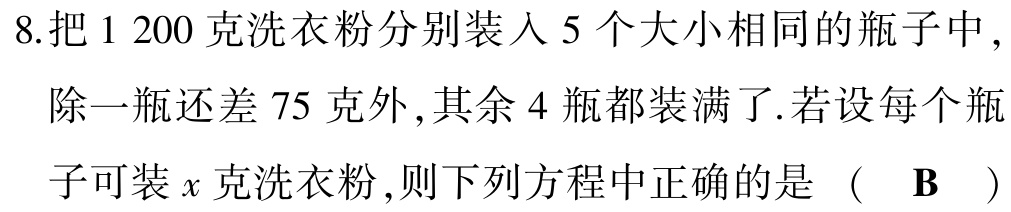
8.把\(1\ 200\)克洗衣粉分别装入\(5\)个大小相同的瓶子中，除一瓶还差\(75\)克外，其余\(4\)瓶都装满了.若设每个瓶子可装\(x\)克洗衣粉，则下列方程中正确的是 （ \(\mathbf{B}\) ）